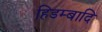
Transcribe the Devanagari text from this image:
हिडम्बादि